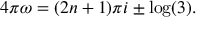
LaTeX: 4 \pi \omega = ( 2 n + 1 ) \pi i \pm \log ( 3 ) .